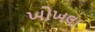
ખોખલા